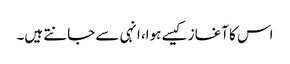
اس کا آغاز کیسے ہوا، انہی سے جانتے ہیں۔